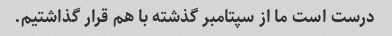
درست است ما از سپتامبر گذشته با هم قرار گذاشتیم.